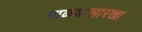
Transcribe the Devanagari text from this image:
माळ्यासारखा